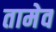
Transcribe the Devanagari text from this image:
तामेव